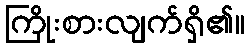
ကြိုးစားလျက်ရှိ၏။